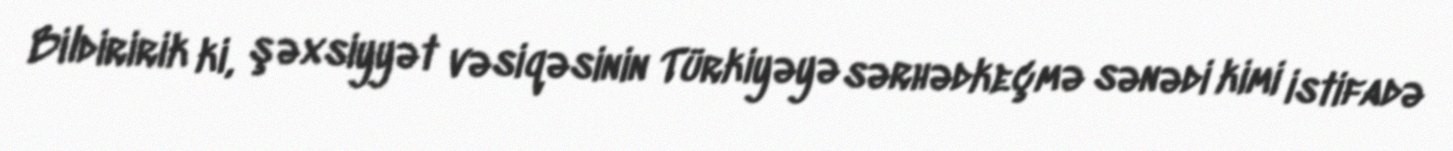
Bildiririk ki, şəxsiyyət vəsiqəsinin Türkiyəyə sərhədkeçmə sənədi kimi istifadə